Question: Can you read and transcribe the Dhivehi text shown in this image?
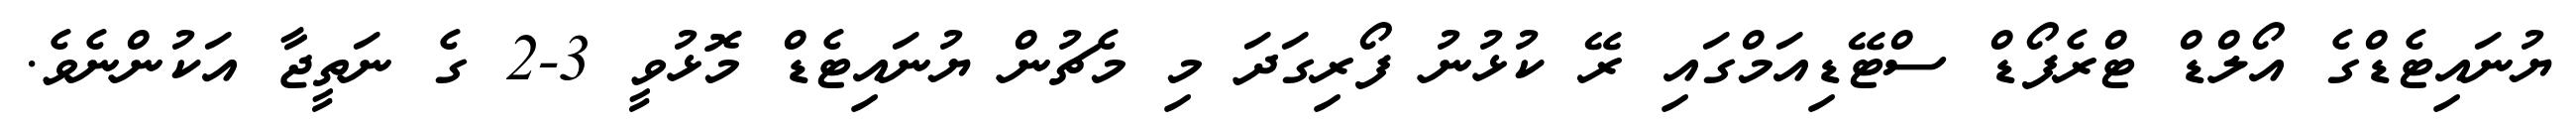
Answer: ޔުނައިޓެޑްގެ އޯލްޑް ޓްރެފޯޑް ސްޓޭޑިއަމްގައި ރޭ ކުޅުނު ފޯރިގަދަ މި މެޗުން ޔުނައިޓެޑް މޮޅުވީ 3-2 ގެ ނަތީޖާ އަކުންނެވެ.